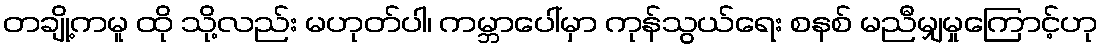
တချို့ကမူ ထို သို့လည်း မဟုတ်ပါ၊ ကမ္ဘာပေါ်မှာ ကုန်သွယ်ရေး စနစ် မညီမျှမှုကြောင့်ဟု